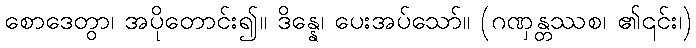
စောဒေတွာ၊ အပိုတောင်း၍။ ဒိန္နေ၊ ပေးအပ်သော်။ (ဂဏှန္တဿစ၊ ၏၎င်း၊)